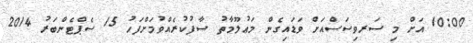
10:00 އަށް މި ސަރވިސަސްއަށް ވަޑައިގެން މަޢުލޫމާތު ސާފުކުރެއްވުމަށްފަހު 15 ސެޕްޓެންބަރު 2014